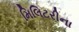
મિલિટરીના